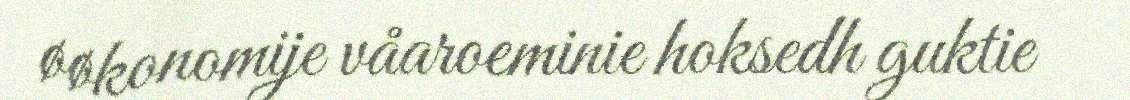
øøkonomije våaroeminie hoksedh guktie